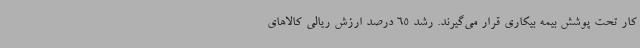
کار تحت پوشش بیمه بیکاری قرار می‌گیرند. رشد 65 درصد ارزش ریالی کالاهای